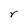
Character: r